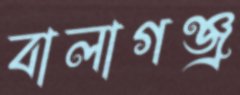
বালাগঞ্জ্র